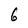
Character: 6